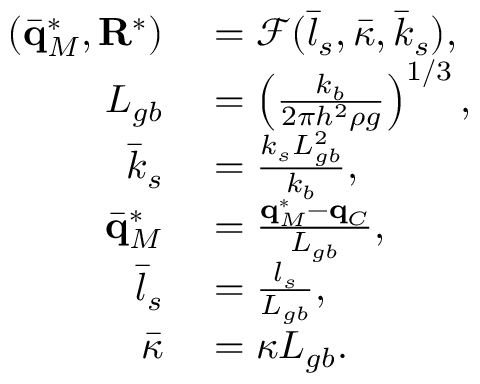
\begin{array} { r l } { ( \bar { \mathbf q } _ { M } ^ { * } , \mathbf R ^ { * } ) } & { { } = \mathcal { F } ( \bar { l } _ { s } , \bar { \kappa } , \bar { k } _ { s } ) , } \\ { L _ { g b } } & { { } = \left( \frac { k _ { b } } { 2 \pi h ^ { 2 } \rho g } \right) ^ { 1 / 3 } , } \\ { \bar { k } _ { s } } & { { } = \frac { k _ { s } L _ { g b } ^ { 2 } } { k _ { b } } , } \\ { \bar { \mathbf q } _ { M } ^ { * } } & { { } = \frac { \mathbf q _ { M } ^ { * } - \mathbf q _ { C } } { L _ { g b } } , } \\ { \bar { l } _ { s } } & { { } = \frac { l _ { s } } { L _ { g b } } , } \\ { \bar { \kappa } } & { { } = \kappa L _ { g b } . } \end{array}